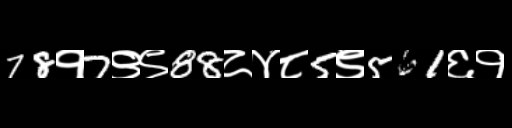
Text: 78१7९९88८४८5९561६१